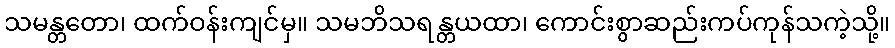
သမန္တတော၊ ထက်ဝန်းကျင်မှ။ သမဘိသရန္တယထာ၊ ကောင်းစွာဆည်းကပ်ကုန်သကဲ့သို့။